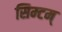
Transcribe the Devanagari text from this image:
सिम्टम्